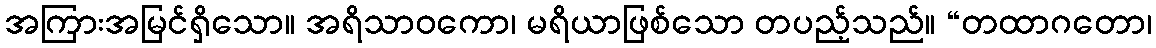
အကြားအမြင်ရှိသော။ အရိသာဝကော၊ မရိယာဖြစ်သော တပည့်သည်။ “တထာဂတော၊